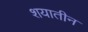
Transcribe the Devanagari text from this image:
शयातीन